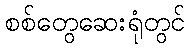
စစ်တွေဆေးရုံတွင်